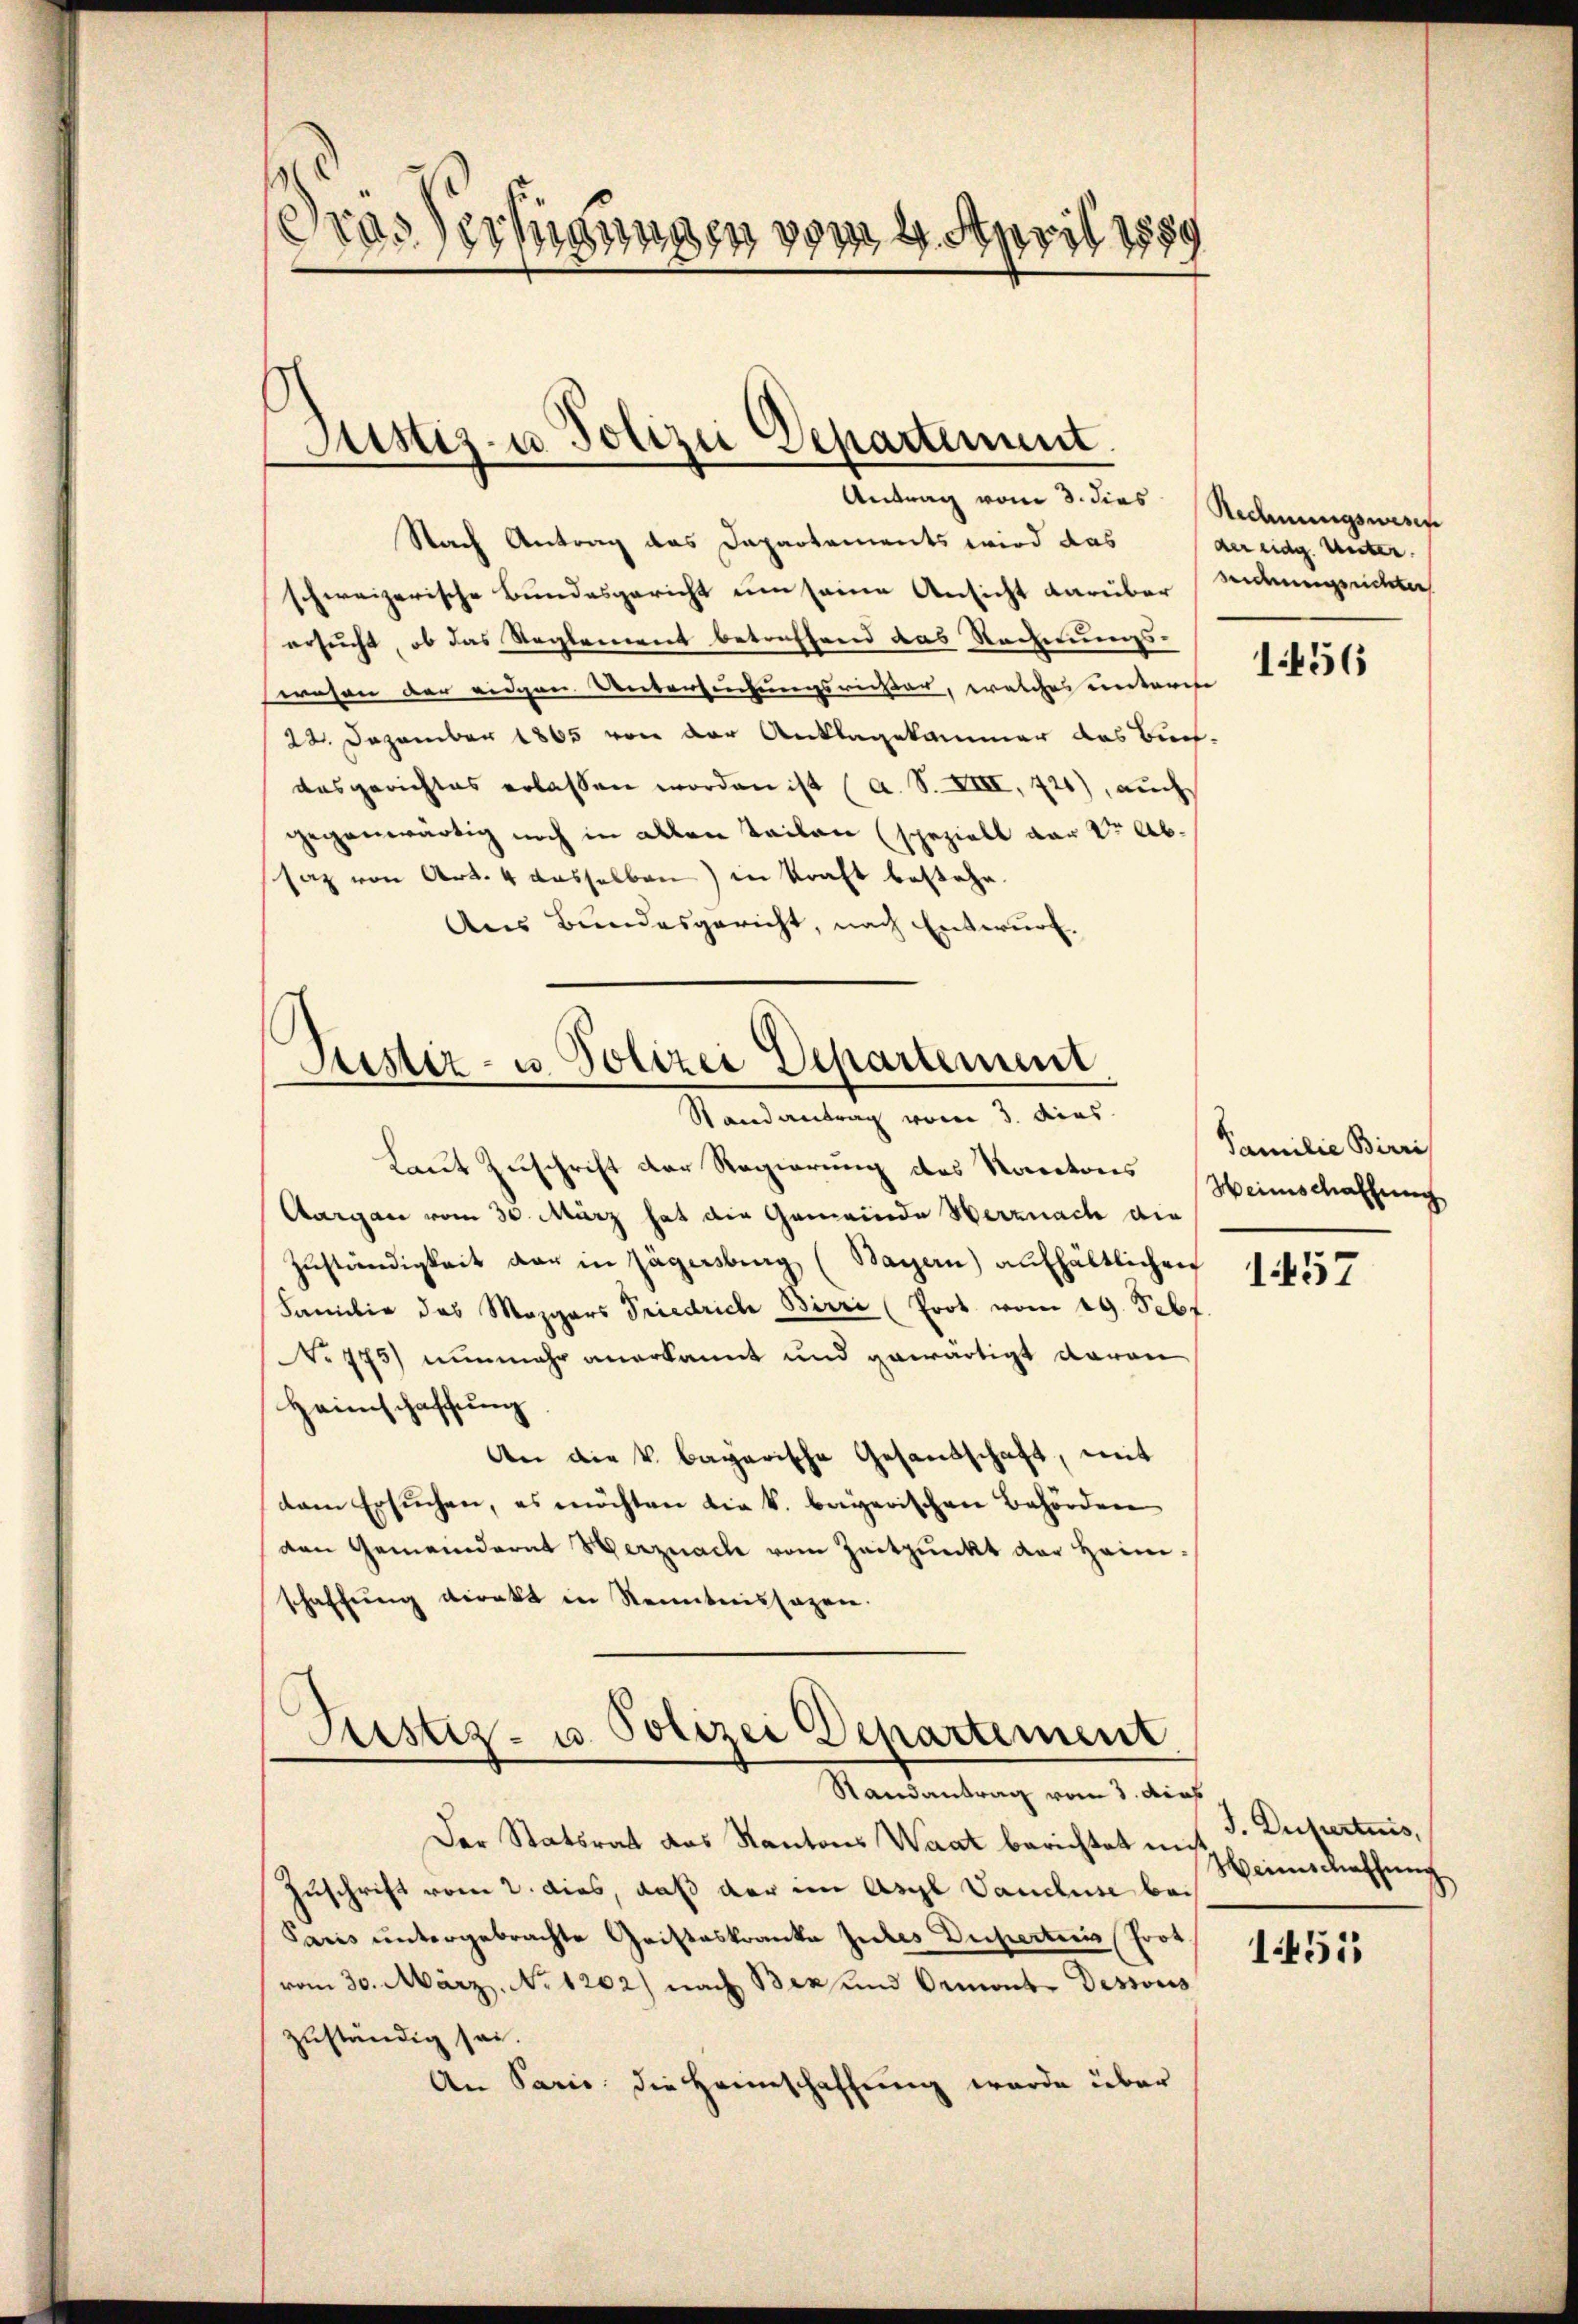
1
Grasserungen vom 4. April 1889

Justiz- u Polizei Departement.
.

Antrag vom 3. dies Rechnungswesen
Nach Antrag des Dapartements wird das
schweizerische Bundesgericht um seine Ansicht darüber
ersucht, ob das Reglement betreffend das Rechnungswesen der eidgen. Untersuchungsrichter, welcher unterche
22. Dezember 1865 von der Anklagekammer das Buch-
dasgerichtes erlassen worden ist (a. S. XIII, 720), auch
gegenwärtig noch in allen Teilen (speziell vor der Absaz von Art. 4 dasselben) in Kraft bestehe.
Aus Bundesgericht, nach Entwurf.

Justiz- u. Polizei Departement
Randantrag vom 3. dies

Laut Zuschrift der Regierung des Kantons
Aargau vom 30. März hat die Gemeinde Werznach die
Zuständigkeit der in Jägersburg (Bayern) aufhältlichen
Familie des Mezgers Friedrich Birri (Prot. vom 19. Sebf
No 775) nunmehr anerkannt und gewärtigt daran
Heimschaffung
An die v. Bagarische Gesandschaft, mit
dem Ersuchen, es möchten die k. bayerischen Behörden
den Gemeinderat Herznach vom Zeitpunkt der Heimschaffŭng direkt in Renntnissagen.

Justiz- u. Polizei Departement
Randantrag vom 3. dies

Der Statsrat das Kantons Waat berichtet mit
Zuschrift vom 2. dies, daß der im Asyl Vandluse bei
Paris untergebrachte Geisteskranke Gutes Duperteiis Prot.
vom 30. März. No 1262) nach Bex und Ormont. Dessous
zuständig sei.
An Paris, die Heimschaffung wurde über

der eidg. Unter
Seidensrichter

1456

Familie Birri
Heimschaffung

1457

J. Dupertus,
Weinsmachung

1451